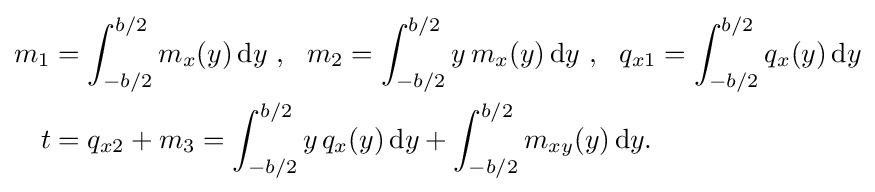
{\begin{aligned}m_{1}&=\int _{-b/2}^{b/2}m_{x}(y)\,{\text{d}}y~,~~m_{2}=\int _{-b/2}^{b/2}y\,m_{x}(y)\,{\text{d}}y~,~~q_{x1}=\int _{-b/2}^{b/2}q_{x}(y)\,{\text{d}}y\\t&=q_{x2}+m_{3}=\int _{-b/2}^{b/2}y\,q_{x}(y)\,{\text{d}}y+\int _{-b/2}^{b/2}m_{xy}(y)\,{\text{d}}y.\end{aligned}}